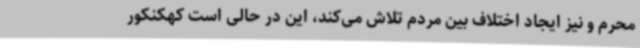
محرم و نیز ایجاد اختلاف بین مردم تلاش می‌کند، این در حالی است کهکنکور